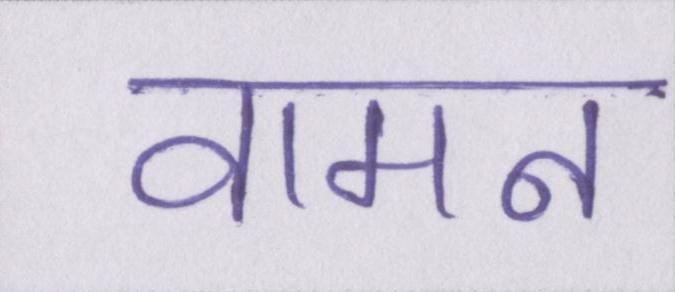
वामन